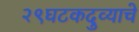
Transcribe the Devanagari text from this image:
२९घटकदुव्याचे